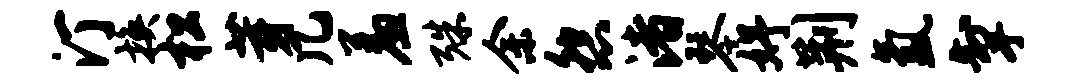
汀换松芽几羞殊余怨渚琴妤荆氲掣